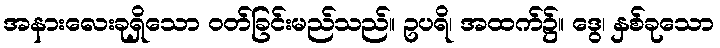
အနားလေးခုရှိသော ဝတ်ခြင်းမည်သည်။ ဥပရိ၊ အထက်၌။ ဒွေ၊ နှစ်ခုသော